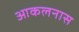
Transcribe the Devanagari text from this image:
आकलनास